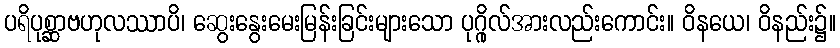
ပရိပုစ္ဆာဗဟုလဿာပိ၊ ဆွေးနွေးမေးမြန်းခြင်းများသော ပုဂ္ဂိုလ်အားလည်းကောင်း။ ဝိနယေ၊ ဝိနည်း၌။